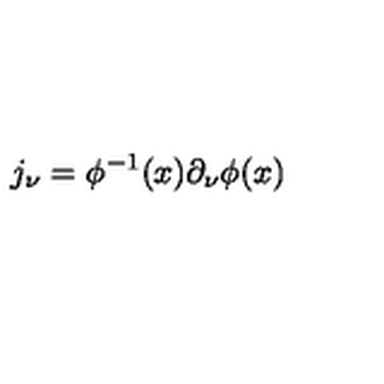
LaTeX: j _ { \nu } = \phi ^ { - 1 } ( x ) \partial _ { \nu } \phi ( x )